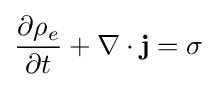
{\frac {\partial \rho _{e}}{\partial t}}+\nabla \cdot \mathbf {j} =\sigma